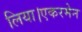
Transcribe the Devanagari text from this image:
लिया।एकरमेन